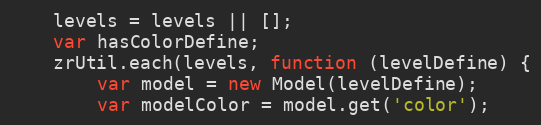
Language: JavaScript
    levels = levels || [];
    var hasColorDefine;
    zrUtil.each(levels, function (levelDefine) {
        var model = new Model(levelDefine);
        var modelColor = model.get('color');